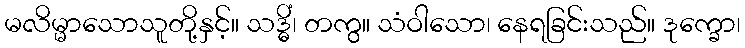
မလိမ္မာသောသူတို့နှင့်။ သဒ္ဓိံ၊ တကွ။ သံဝါသော၊ နေရခြင်းသည်။ ဒုက္ခော၊